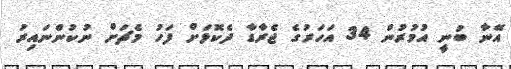
އޭނާ ބުނީ އުމުރުން 34 އަހަރުގެ ޖެރާޑާ ދެކޮޅަށް ފަހު މެޗަށް ނުކުންނައިރު